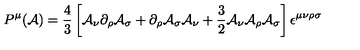
P ^ { \mu } ( { \cal A } ) = \frac { 4 } { 3 } \left[ { \cal A } _ { \nu } \partial _ { \rho } { \cal A } _ { \sigma } + \partial _ { \rho } { \cal A } _ { \sigma } { \cal A } _ { \nu } + \frac { 3 } { 2 } { \cal A } _ { \nu } { \cal A } _ { \rho } { \cal A } _ { \sigma } \right] \epsilon ^ { \mu \nu \rho \sigma }